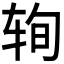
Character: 𰺆